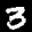
Label: 3